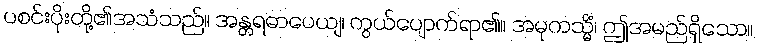
ပစင်းပိုးတို့၏အသံသည်။ အန္တရဓာပေယျ၊ ကွယ်ပျောက်ရာ၏။ အမုကသ္မိံ၊ ဤအမည်ရှိသော။